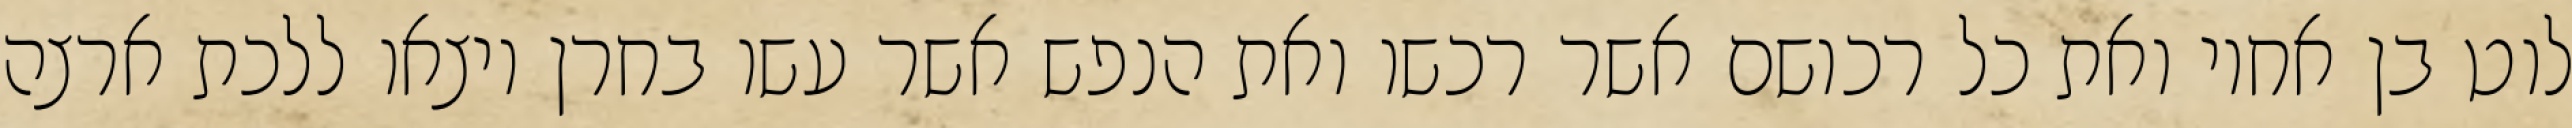
לוט בן אחיו ואת כל רכושם אשר רכשו ואת הנפש אשר עשו בחרן ויצאו ללכת ארצה